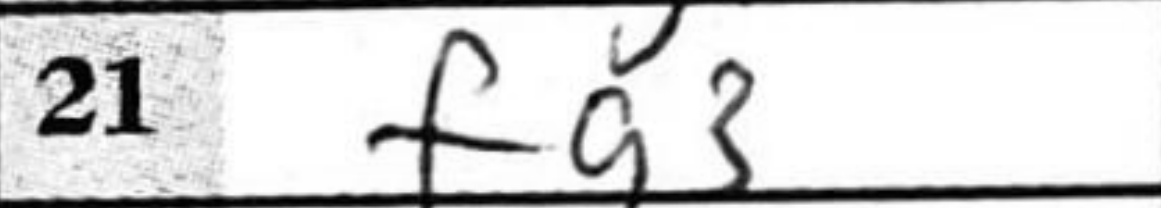
Transcription: fg3